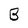
Character: B